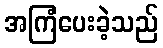
အကြံပေးခဲ့သည်